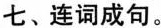
七、连词成句。